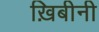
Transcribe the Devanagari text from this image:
ख़िबीनी